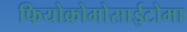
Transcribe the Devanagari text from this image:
फियोक्रोमोसाईटोमा